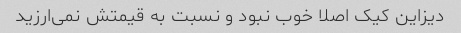
دیزاین کیک اصلا خوب نبود و نسبت به قیمتش نمی‌ارزید